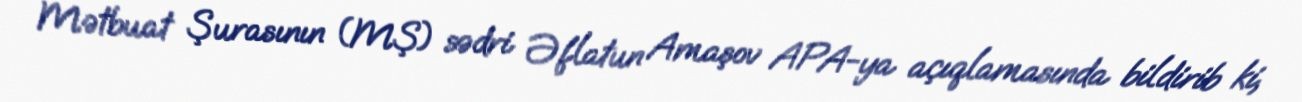
Mətbuat Şurasının (MŞ) sədri Əflatun Amaşov APA-ya açıqlamasında bildirib ki,